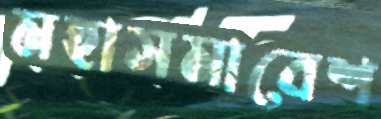
মহাসমাবেশ